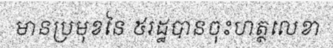
មានប្រមុខនៃ ៥រដ្ឋបានចុះហត្ថលេខា